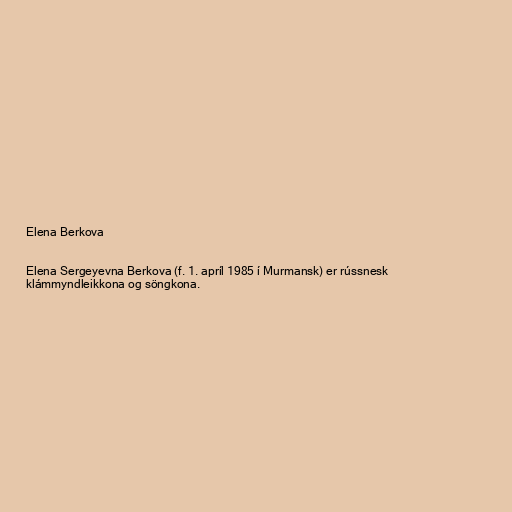
Elena Berkova

Elena Sergeyevna Berkova (f. 1. apríl 1985 í Murmansk) er rússnesk
klámmyndleikkona og söngkona.